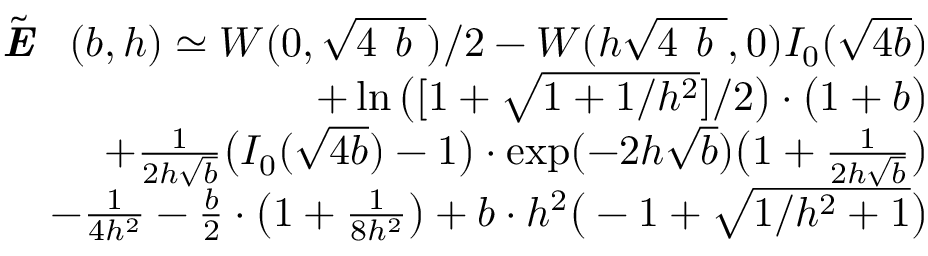
\begin{array} { r l r } & { } & { \tilde { \textbf { \emph { E } } } ( b , h ) \simeq W ( 0 , \sqrt { 4 \emph { b } } ) / 2 - W ( h \sqrt { 4 \emph { b } } , 0 ) I _ { 0 } ( \sqrt { 4 b } ) } \\ & { } & { + \ln \big ( [ 1 + \sqrt { 1 + 1 / h ^ { 2 } } ] / 2 \big ) \cdot \big ( 1 + b \big ) } \\ & { } & { + { \frac { 1 } { 2 h \sqrt { b } } } \big ( I _ { 0 } ( \sqrt { 4 b } ) - 1 \big ) \cdot \exp ( - 2 h \sqrt { b } ) \big ( 1 + { \frac { 1 } { 2 h \sqrt { b } } } \big ) } \\ & { } & { - { \frac { 1 } { 4 h ^ { 2 } } } - { \frac { b } { 2 } } \cdot \big ( 1 + { \frac { 1 } { 8 h ^ { 2 } } } \big ) + b \cdot h ^ { 2 } \big ( - 1 + \sqrt { 1 / h ^ { 2 } + 1 } \big ) } \end{array}